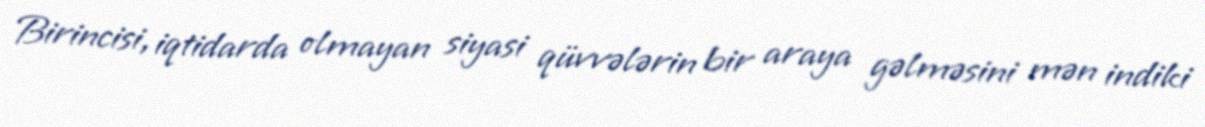
Birincisi, iqtidarda olmayan siyasi qüvvələrin bir araya gəlməsini mən indiki